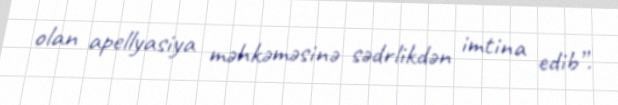
olan apellyasiya məhkəməsinə sədrlikdən imtina edib”.